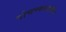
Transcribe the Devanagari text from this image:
पोचण्याआधीच